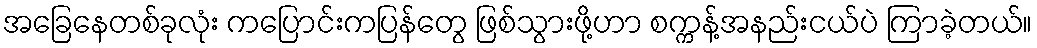
အခြေနေတစ်ခုလုံး ကပြောင်းကပြန်တွေ ဖြစ်သွားဖို့ဟာ စက္ကန့်အနည်းငယ်ပဲ ကြာခဲ့တယ်။